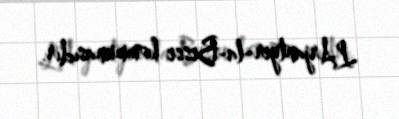
L'Arjantyer-la-Besse kommunasıdır.